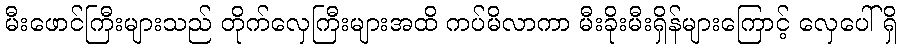
မီးဖောင်ကြီးများသည် တိုက်လှေကြီးများအထိ ကပ်မိလာကာ မီးခိုးမီးရှိန်များကြောင့် လှေပေါ်ရှိ